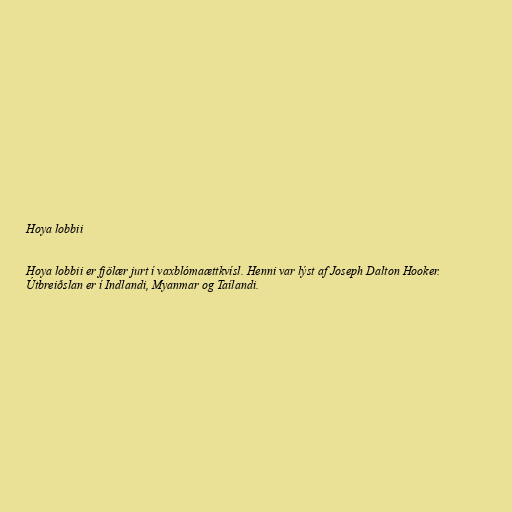
Hoya lobbii

Hoya lobbii er fjölær jurt í vaxblómaættkvísl. Henni var lýst af Joseph Dalton Hooker.
Útbreiðslan er í Indlandi, Myanmar og Taílandi.